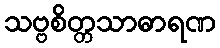
သဗ္ဗစိတ္တသာဓာရဏ